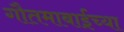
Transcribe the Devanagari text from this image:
गौतमाबाईंच्या